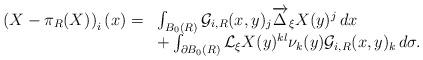
LaTeX: \begin{align*}\begin{array}{r l} \left(X-\pi_R(X)\right)_i(x)=&\int_{B_0(R)}\mathcal{G}_{i,R}(x,y)_j\overrightarrow{\Delta}_\xi X(y)^j\,dx \\ & +\int_{\partial B_0(R)}\mathcal{L}_\xi X(y)^{kl}\nu_k(y)\mathcal{G}_{i,R}(x,y)_k\,d\sigma.\end{array}\end{align*}